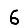
Digit: 6